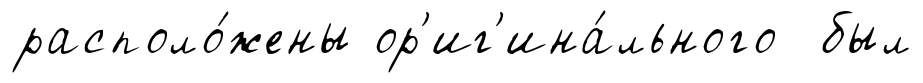
располо́жены ор'иг'ина́льного был